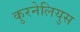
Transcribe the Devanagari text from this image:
कुरनेलियुस